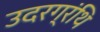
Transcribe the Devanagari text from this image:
उदरग्रंथि